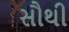
સૌથી